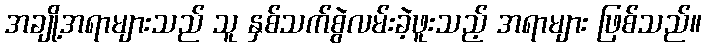
အချို့အရာများသည် သူ နှစ်သက်စွဲလမ်းခဲ့ဖူးသည့် အရာများ ဖြစ်သည်။